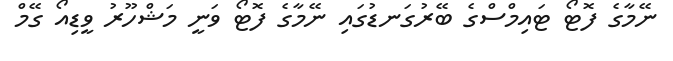
ނޭމާގެ ފޮޓޯ ޓައިމްސްގެ ބޭރުގަނޑުގައި ނޭމާގެ ފޮޓޯ ވަނީ މަޝްހޫރު ވީޑިއޯ ގޭމް